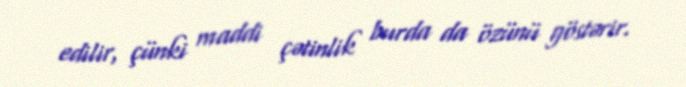
edilir, çünki maddi çətinlik burda da özünü göstərir.